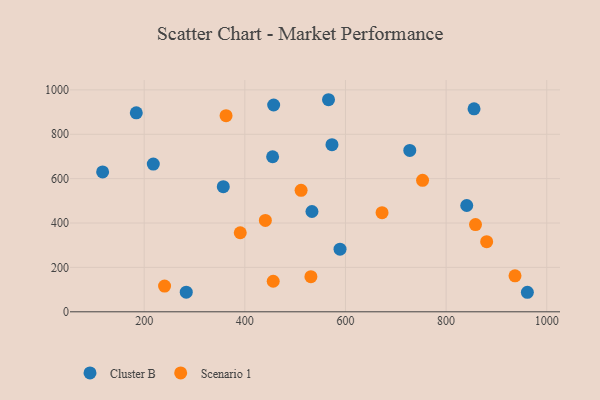
{"axis": {"x": "Engine Size", "y": "Exam Score"}, "legend": ["Cluster B", "Scenario 1"], "data": [{"x": "455.2", "y": 698.7, "type": "Cluster B"}, {"x": "283.6", "y": 88.6, "type": "Cluster B"}, {"x": "457.3", "y": 931.9, "type": "Cluster B"}, {"x": "184.3", "y": 896.4, "type": "Cluster B"}, {"x": "589.2", "y": 282.1, "type": "Cluster B"}, {"x": "573.2", "y": 753.2, "type": "Cluster B"}, {"x": "357.2", "y": 563.8, "type": "Cluster B"}, {"x": "855.5", "y": 914.7, "type": "Cluster B"}, {"x": "566.3", "y": 955.6, "type": "Cluster B"}, {"x": "727.8", "y": 727.1, "type": "Cluster B"}, {"x": "533.4", "y": 451.9, "type": "Cluster B"}, {"x": "841.0", "y": 479.0, "type": "Cluster B"}, {"x": "117.4", "y": 630.4, "type": "Cluster B"}, {"x": "961.5", "y": 88.0, "type": "Cluster B"}, {"x": "218.1", "y": 665.7, "type": "Cluster B"}, {"x": "858.4", "y": 392.9, "type": "Scenario 1"}, {"x": "456.4", "y": 137.6, "type": "Scenario 1"}, {"x": "531.3", "y": 158.3, "type": "Scenario 1"}, {"x": "753.2", "y": 592.6, "type": "Scenario 1"}, {"x": "440.8", "y": 411.8, "type": "Scenario 1"}, {"x": "511.8", "y": 547.2, "type": "Scenario 1"}, {"x": "390.9", "y": 356.3, "type": "Scenario 1"}, {"x": "240.5", "y": 115.9, "type": "Scenario 1"}, {"x": "672.7", "y": 446.7, "type": "Scenario 1"}, {"x": "880.6", "y": 316.2, "type": "Scenario 1"}, {"x": "362.7", "y": 883.8, "type": "Scenario 1"}, {"x": "936.9", "y": 162.2, "type": "Scenario 1"}]}